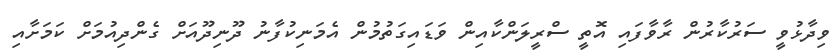
ވިދާޅުވީ ސަރުކާރުން ރާވާފައި އޮތީ ސްރީލަންކާއިން ވަޑައިގަތުމުން އެމަނިކުފާނު ދޫނިދޫއަށް ގެންދިއުމަށް ކަމަށާއި